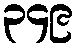
၃၄၉